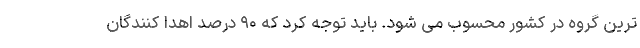
ترین گروه در کشور محسوب می شود. باید توجه کرد که ۹۰ درصد اهدا کنندگان